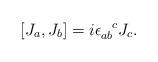
LaTeX: \begin{align*}[J_a,J_b]=i\epsilon_{ab}^{\phantom{ab}c} J_c.\end{align*}